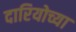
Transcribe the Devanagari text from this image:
दारियोच्या